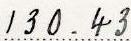
130.43